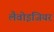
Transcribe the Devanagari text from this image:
लैवोइजियर